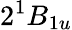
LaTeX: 2^{1}B_{1u}